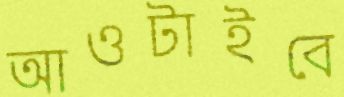
আওটাইবে